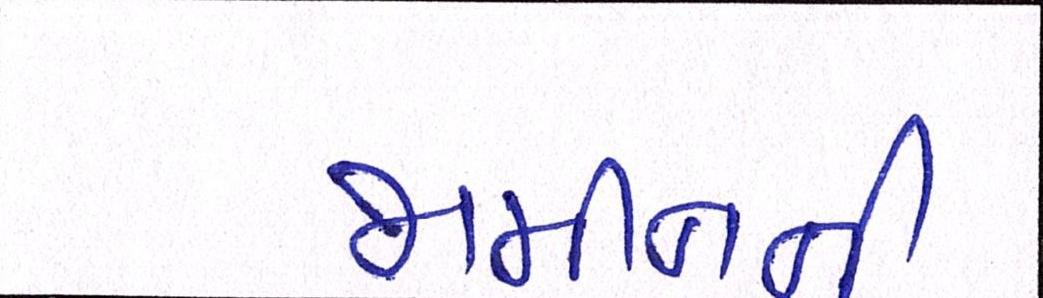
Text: જામીનની